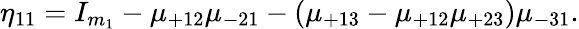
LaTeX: \eta_{11}=I_{m_{1}}-\mu_{+12}\mu_{-21}-(\mu_{+13}-\mu_{+12}\mu_{+23})\mu_{-31}.